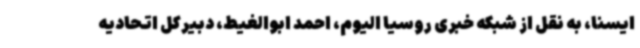
ایسنا، به نقل از شبکه خبری روسیا الیوم، احمد ابوالغیط، دبیرکل اتحادیه